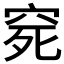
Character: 𥥱